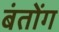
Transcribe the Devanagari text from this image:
बंतोंग